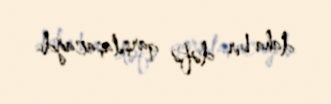
daha bir dəfə qarşılaşacağdı.